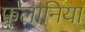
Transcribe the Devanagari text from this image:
फ्रुलानिया